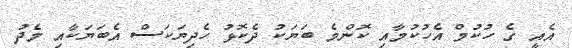
އެއީ ގެ ހުކުމް އެހުކުމާއި ކޮންމެ ބަޔަކު ދެކޮޅު ހެދިޔަކަސް އެބަޔަކާއި މެދު